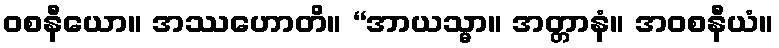
ဝစနီယော။ အဿဟောတိ။ “အာယသ္မာ။ အတ္တာနံ။ အဝစနီယံ။